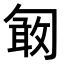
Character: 𠣽